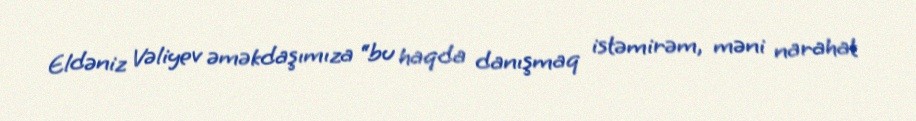
Eldəniz Vəliyev əməkdaşımıza “bu haqda danışmaq istəmirəm, məni narahat